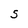
Character: S